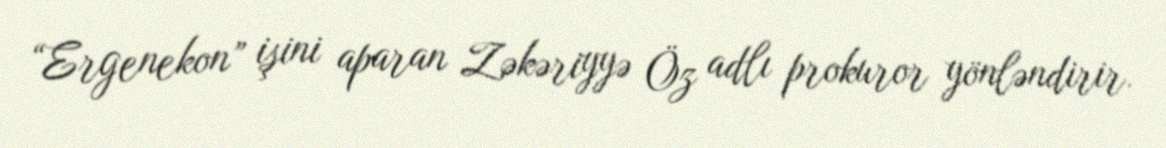
“Ergenekon” işini aparan Zəkəriyyə Öz adlı prokuror yönləndirir.